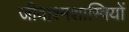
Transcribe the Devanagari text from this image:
जीवाश्मशास्त्रियों